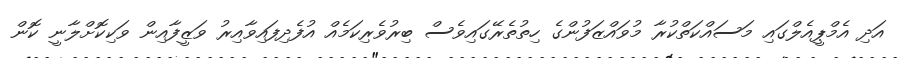
އަދި އެމްޕީއެލްގައި މަސައްކަތްކުރާ މުވައްޒަފުންގެ ހިތުތެރޭގައިވެސް ބިރުވެރިކަމެއް އުފެދިފައިވާއިރު ވަޒީފާއިން ވަކިކޮށްލާނީ ކޮން